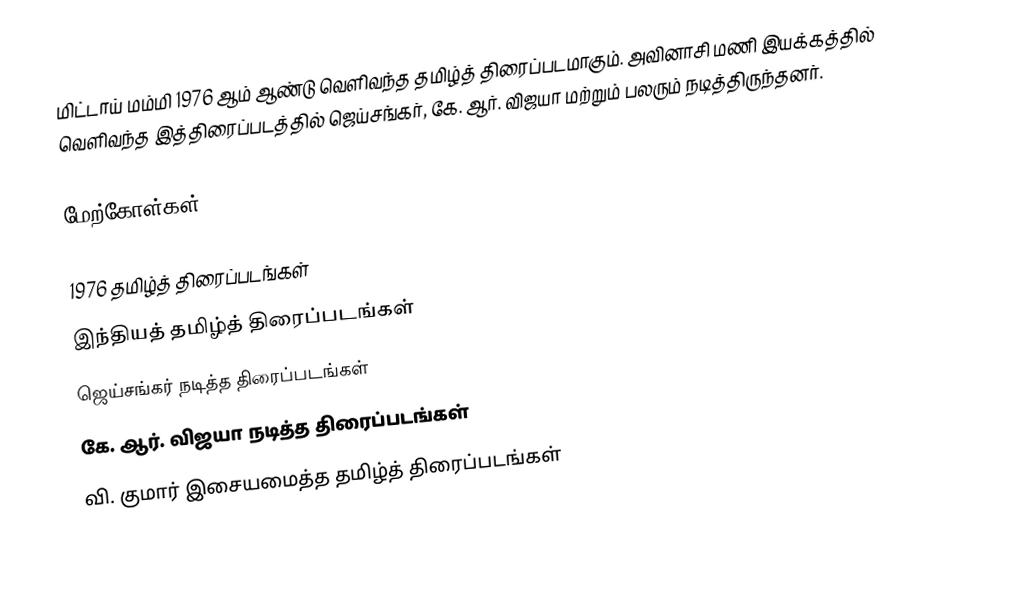
மிட்டாய் மம்மி 1976 ஆம் ஆண்டு வெளிவந்த தமிழ்த் திரைப்படமாகும். அவினாசி மணி இயக்கத்தில் வெளிவந்த இத்திரைப்படத்தில் ஜெய்சங்கர், கே. ஆர். விஜயா மற்றும் பலரும் நடித்திருந்தனர்.

மேற்கோள்கள்

1976 தமிழ்த் திரைப்படங்கள்
இந்தியத் தமிழ்த் திரைப்படங்கள்
ஜெய்சங்கர் நடித்த திரைப்படங்கள்
கே. ஆர். விஜயா நடித்த திரைப்படங்கள்
வி. குமார் இசையமைத்த தமிழ்த் திரைப்படங்கள்